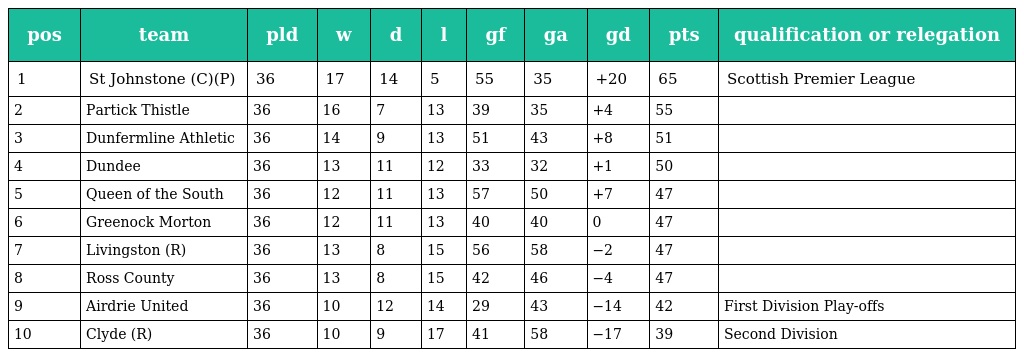
| pos | team | pld | w | d | l | gf | ga | gd | pts | qualification or relegation |
 | --- | --- | --- | --- | --- | --- | --- | --- | --- | --- | --- |
 | 1 | St Johnstone (C)(P) | 36 | 17 | 14 | 5 | 55 | 35 | +20 | 65 | Scottish Premier League |
 | 2 | Partick Thistle | 36 | 16 | 7 | 13 | 39 | 35 | +4 | 55 |  |
 | 3 | Dunfermline Athletic | 36 | 14 | 9 | 13 | 51 | 43 | +8 | 51 |  |
 | 4 | Dundee | 36 | 13 | 11 | 12 | 33 | 32 | +1 | 50 |  |
 | 5 | Queen of the South | 36 | 12 | 11 | 13 | 57 | 50 | +7 | 47 |  |
 | 6 | Greenock Morton | 36 | 12 | 11 | 13 | 40 | 40 | 0 | 47 |  |
 | 7 | Livingston (R) | 36 | 13 | 8 | 15 | 56 | 58 | −2 | 47 |  |
 | 8 | Ross County | 36 | 13 | 8 | 15 | 42 | 46 | −4 | 47 |  |
 | 9 | Airdrie United | 36 | 10 | 12 | 14 | 29 | 43 | −14 | 42 | First Division Play-offs |
 | 10 | Clyde (R) | 36 | 10 | 9 | 17 | 41 | 58 | −17 | 39 | Second Division |